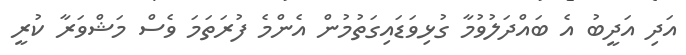
އަދި އަދީބު އެ ބައްދަލުވުމާ ގުޅިވަޑައިގަތުމުން އެންމެ ފުރަތަމަ ވެސް މަޝްވަރާ ކުރީ